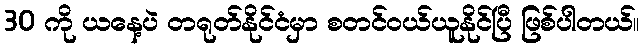
30 ကို ယနေ့ပဲ တရုတ်နိုင်ငံမှာ စတင်ဝယ်ယူနိုင်ပြီ ဖြစ်ပါတယ်။